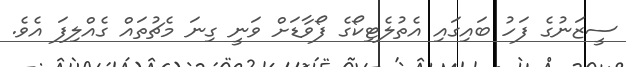
ސީޒަނުގެ ފަހު ބައިގައި އެތުލެޓިކޯގެ ފޯވާޑަށް ވަނީ ގިނަ މެޗުތައް ގެއްލިފަ އެވެ.